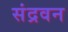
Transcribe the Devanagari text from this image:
संद्रवन